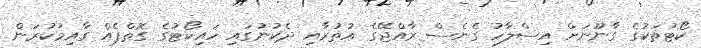
ކޯޓުތަކުގެ ގާނޫނަށް އިސްލާހު ގެނެސް ރާއްޖޭގެ އުތުރާއި ދެކުނުގައި ހައިކޯޓުގެ ގޮތްޕެއް ގާއިމުކުރަން